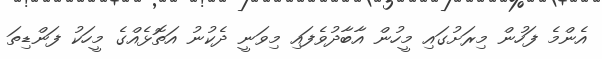
އެންމެ ފަހުން މިރަށުގައި މީހުން އާބާދުވެފައި މިވަނީ ދެކުނު އަތޮޅެއްގެ މީހަކު ފަންޑިތަ